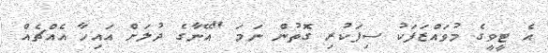
އެ ޓީވީގެ މުވައްޒަފަކު ސިފަކުރި ގޮތުން ނަމަ "އޭނާގެ ދުލަށް އައިހާ އެއްޗެއް